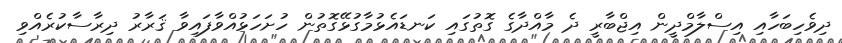
ދިވެހިބަހާއި އިސްލާމްދީން އިޖްބާރީ ދެ މާއްދާގެ ގޮތުގައި ކަނޑައެޅުމާގުޅޭގޮތުން ހުށަހަޅުއްވާފައިވާ ޤަރާރު ދިރާސާކުރެއްވި